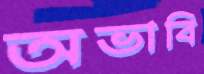
অভাবি